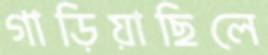
গাড়িয়াছিলে